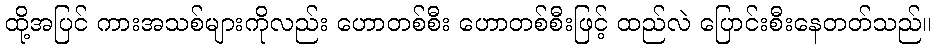
ထို့အပြင် ကားအသစ်များကိုလည်း ဟောတစ်စီး ဟောတစ်စီးဖြင့် ထည်လဲ ပြောင်းစီးနေတတ်သည်။